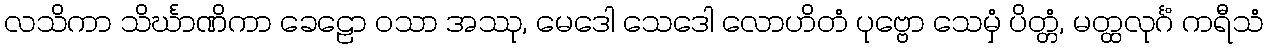
လသိကာ သိင်္ဃာဏိကာ ခေဠော ဝသာ အဿု, မေဒေါ သေဒေါ လောဟိတံ ပုဗ္ဗော သေမှံ ပိတ္တံ, မတ္ထလုင်္ဂံ ကရီသံ